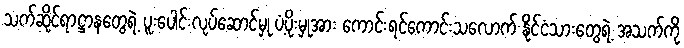
သက်ဆိုင်ရာဋ္ဌာနတွေရဲ့ ပူးပေါင်းလုပ်ဆောင်မှု ပံ့ပိုးမှုအား ကောင်းရင်ကောင်းသလောက် နိုင်ငံသားတွေရဲ့ အသက်ကို